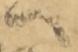
へ